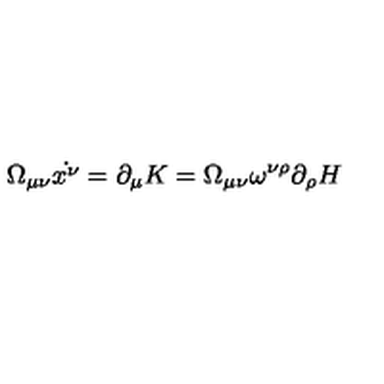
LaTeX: \Omega _ { \mu \nu } \dot { x ^ { \nu } } = \partial _ { \mu } K = \Omega _ { \mu \nu } \omega ^ { \nu \rho } \partial _ { \rho } H